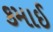
કમાઈ